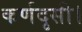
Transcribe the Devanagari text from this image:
कर्णदृसी।